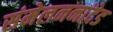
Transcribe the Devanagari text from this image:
संमेलननांदेड